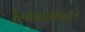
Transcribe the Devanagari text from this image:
रेल्वेमार्गावरचे